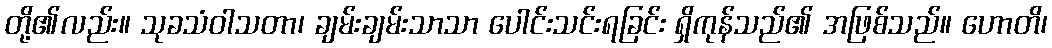
တို့၏လည်း။ သုခသံဝါသတာ၊ ချမ်းချမ်းသာသာ ပေါင်းသင်းရခြင်း ရှိကုန်သည်၏ အဖြစ်သည်။ ဟောတိ၊